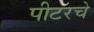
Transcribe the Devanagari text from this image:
पीटरचे